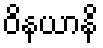
ဝိနယာနိ